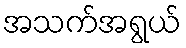
အသက်အရွယ်